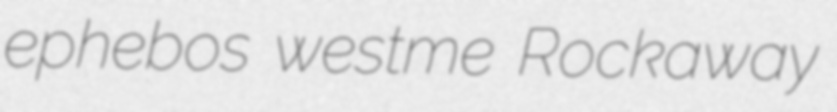
ephebos westme Rockaway